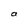
Character: a